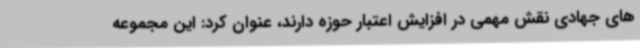
های جهادی نقش مهمی در افزایش اعتبار حوزه دارند، عنوان کرد: این مجموعه